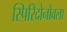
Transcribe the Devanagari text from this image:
स्पिरिदोनोवला